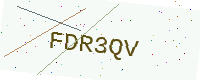
Text: FDR3QV